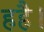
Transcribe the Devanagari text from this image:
हहै।